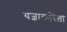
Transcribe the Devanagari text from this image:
यज्ञाकरिता